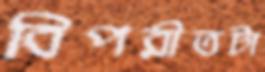
বিপরীতটা